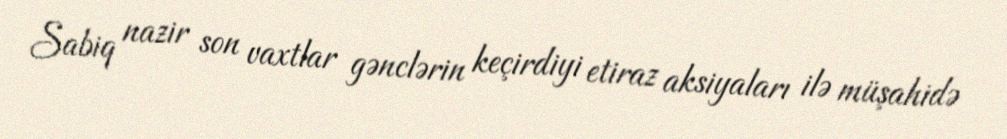
Sabiq nazir son vaxtlar gənclərin keçirdiyi etiraz aksiyaları ilə müşahidə